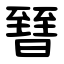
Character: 㬜